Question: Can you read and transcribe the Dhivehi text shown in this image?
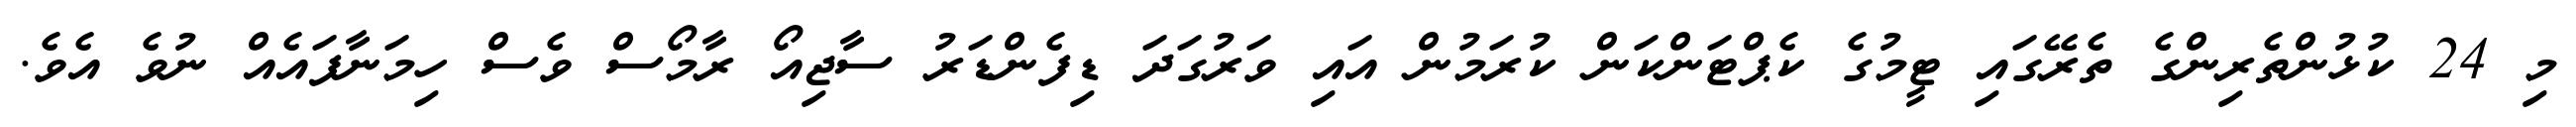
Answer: މި 24 ކުޅުންތެރިންގެ ތެރޭގައި ޓީމުގެ ކެޕްޓަންކަން ކުރަމުން އައި ވަރުގަދަ ޑިފެންޑަރު ސާޖިއޯ ރާމޯސް ވެސް ހިމަނާފައެއް ނުވެ އެވެ.